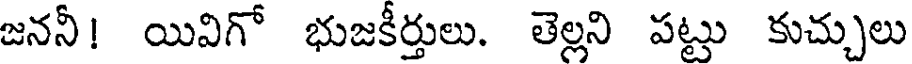
జననీ! యివిగో భుజకీర్తులు. తెల్లని పట్టు కుచ్చులు